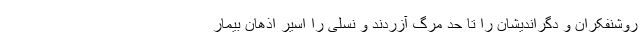
روشنفکران و دگراندیشان را تا حد مرگ آزردند و نسلی را اسیر اذهان بیمار